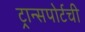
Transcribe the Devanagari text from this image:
ट्रान्सपोर्टची